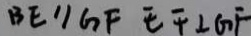
B E / / G F E F \bot G F